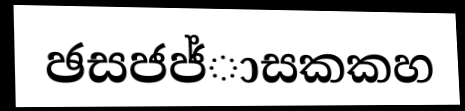
ඡසජජ්ාසකකහ